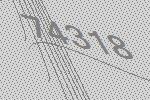
74318